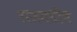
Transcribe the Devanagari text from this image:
राजमधील